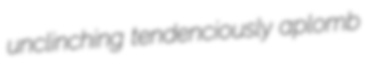
unclinching tendenciously aplomb